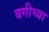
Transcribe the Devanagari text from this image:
बगीच्या